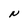
Character: N